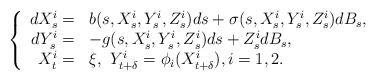
LaTeX: \begin{align*}\left\{\begin{array}[c]{rl}dX_{s}^{i}= & b(s,X_{s}^{i},Y_{s}^{i},Z_{s}^{i})ds+\sigma(s,X_{s}^{i},Y_{s}^{i},Z_{s}^{i})dB_{s},\\dY_{s}^{i}= & -g(s,X_{s}^{i},Y_{s}^{i},Z_{s}^{i})ds+Z_{s}^{i}dB_{s},\\X_{t}^{i}= & \xi,\ Y_{t+\delta}^{i}=\phi_{i}(X_{t+\delta}^{i}),i=1,2.\end{array}\right. \end{align*}